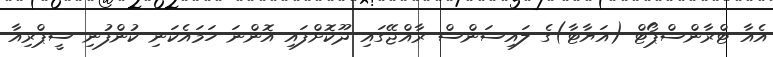
އެއާ ޓްރާންސްޕޯޓް (އަޔާޓާ)ގެ ލައިސަންސް ރާއްޖޭގައި ދޫކޮށްފައި އޮންނަ ހަމައެކަނި ކުންފުނި ސީޕްރިއާ